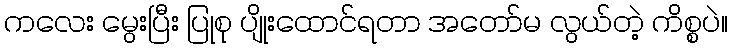
ကလေး မွေးပြီး ပြုစု ပျိုးထောင်ရတာ အတော်မ လွယ်တဲ့ ကိစ္စပဲ။